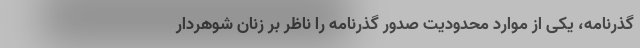
گذرنامه، یکی از موارد محدودیت صدور گذرنامه را ناظر بر زنان شوهردار